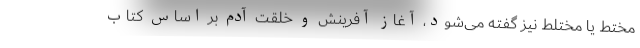
مختط یا مختلط نیز گفته می‌شود، آغاز آفرینش و خلقت آدم بر اساس کتاب